Tartu_kinnistusamet, lk 36
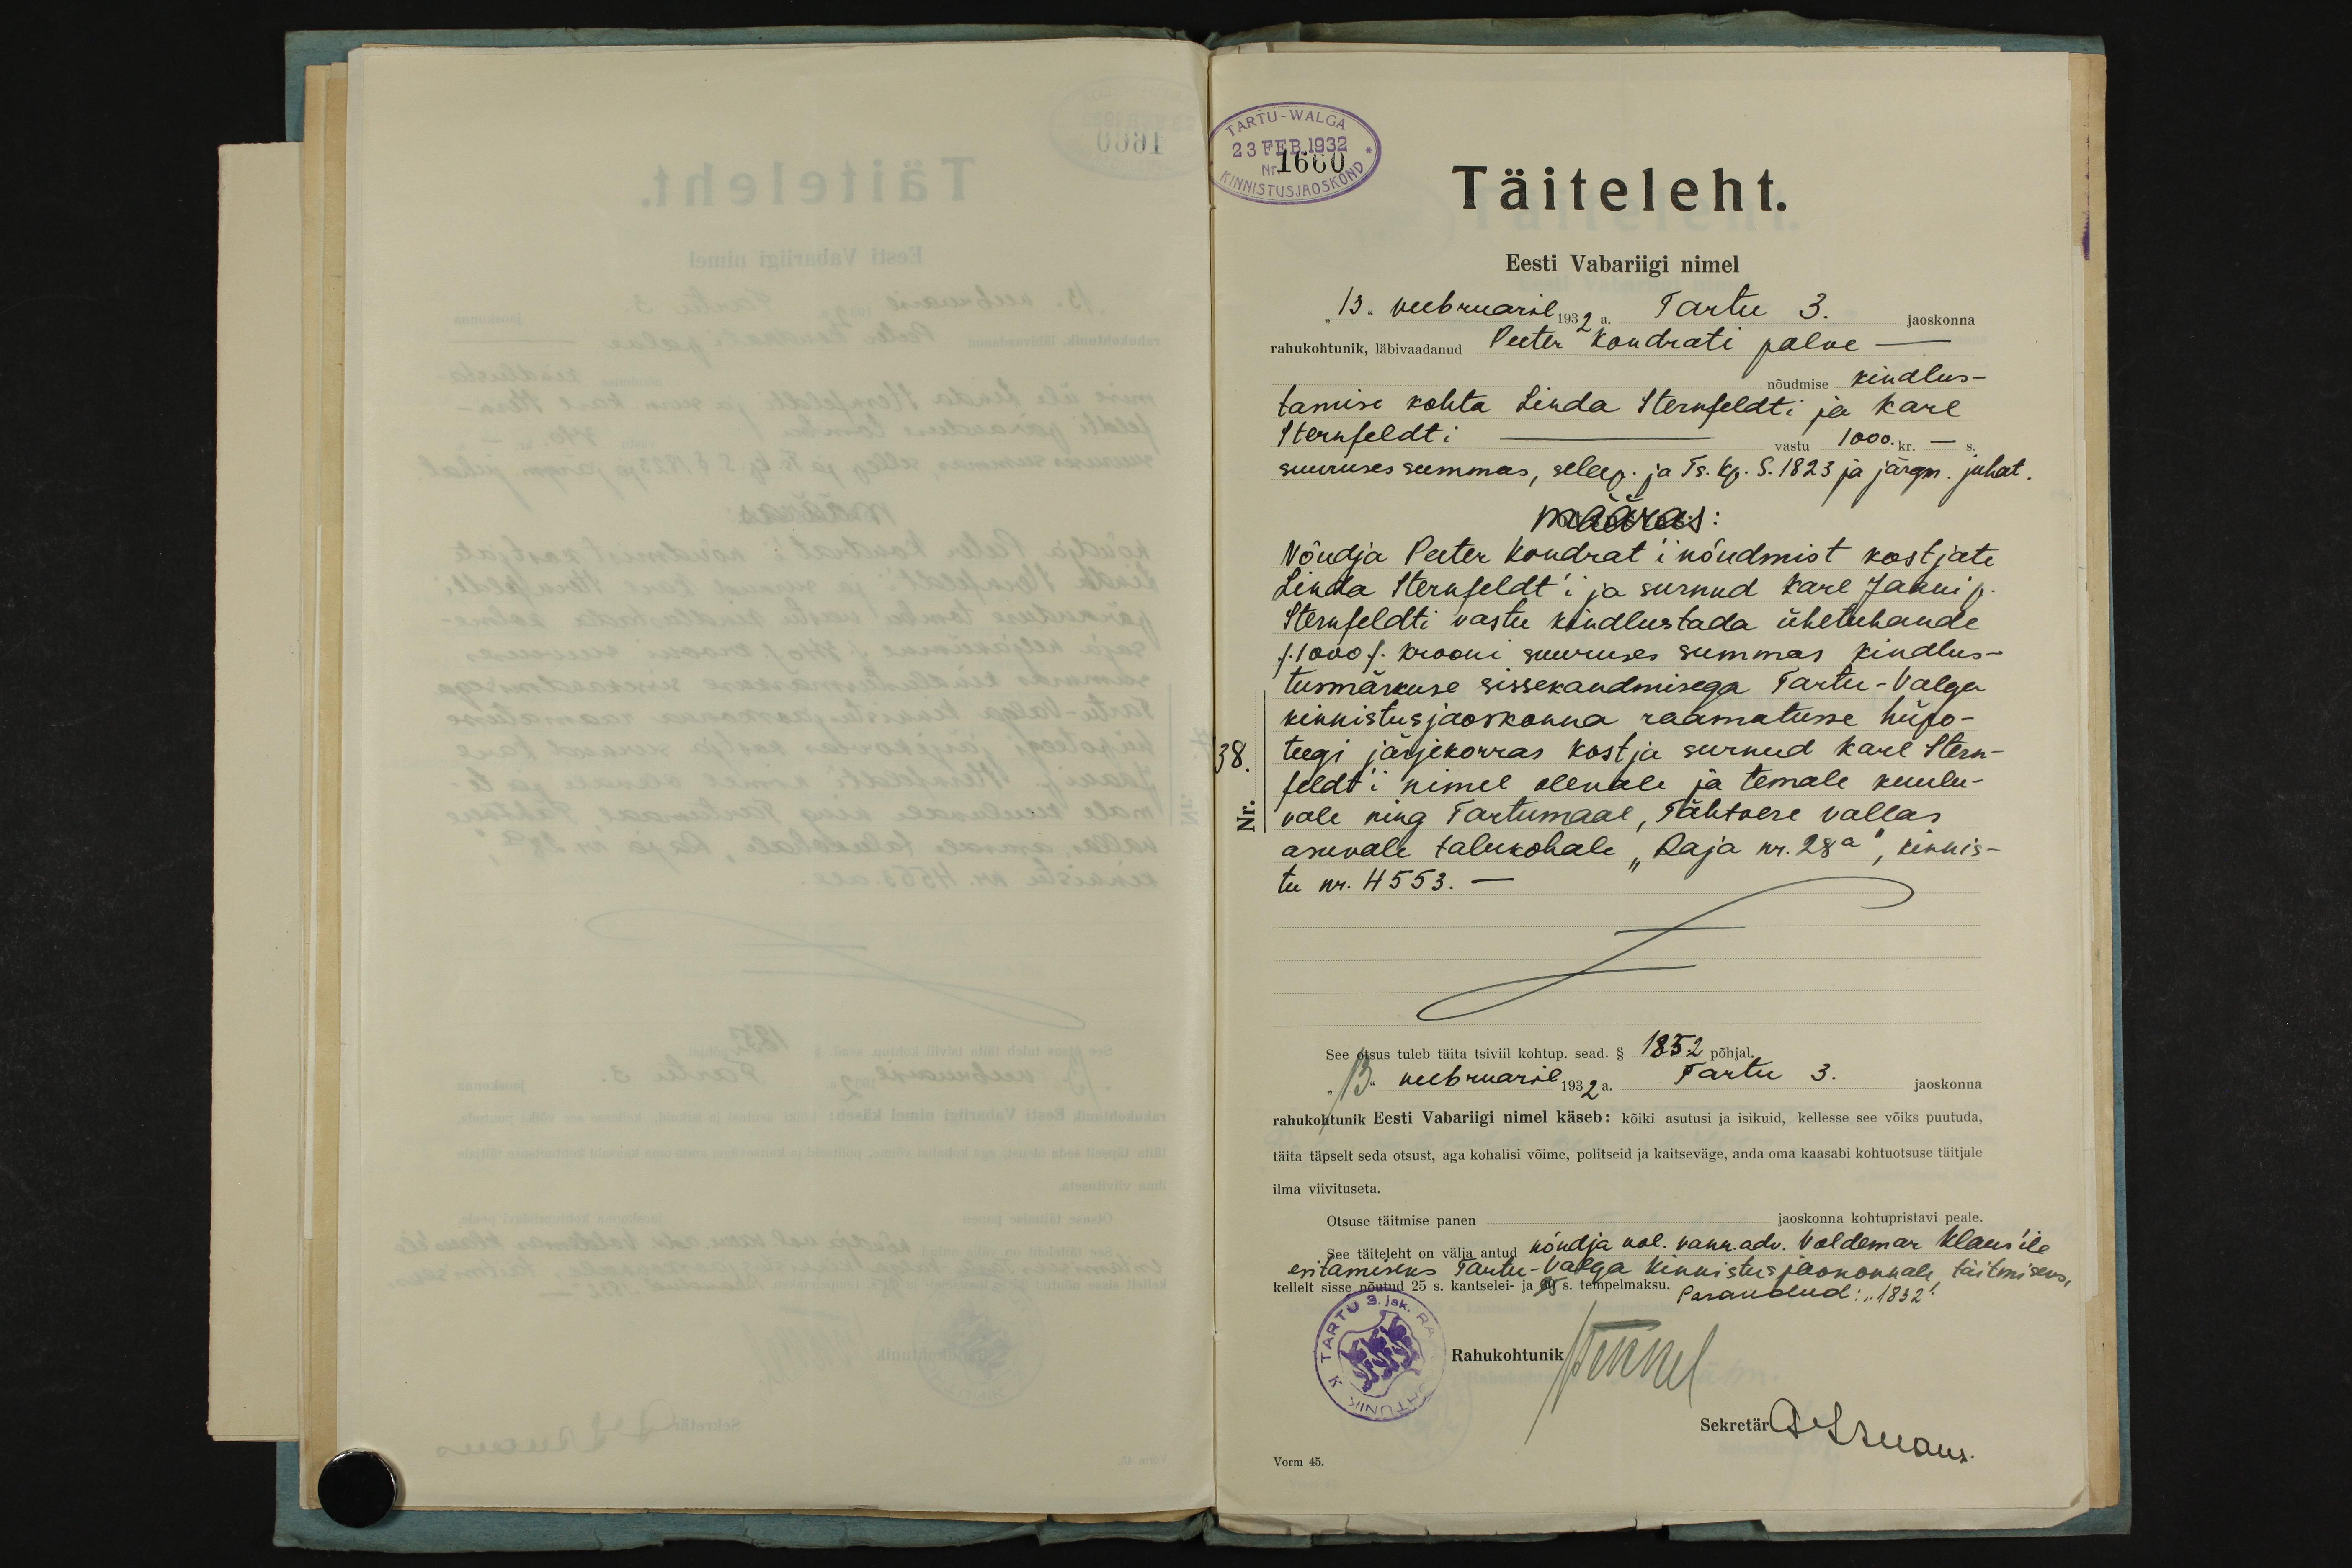
TARTU-WALGA
23 FEB.1932
Nr. 1660
Täiteleht.
Eesti Vabariigi nimel
13. veebruaril 1932 a. Tartu 3. jaoskonna
rahukohtunik, läbivaadanud Peeter Kondrati palve -
nõudmise kindlus-
tamise kohta Linda Sternfeldti ja Karl
Sternfeldti - vastu 1000. kr. - s.
suuruses summas, sellep. ja Ts. kp. S. 1823 ja järgm. juhat.
määras:
Nõudja Peeter kondrat'i nõudmist kostjate
Linda Sternfeldt'i ja surnud Karl Jaani p.
Sternfeldti vastu kindlustada ühetuhande
/1000/ krooni suuruses summas kindlus-
tusmärkuse sissekandmisega Tartu-Valga
kinnistusjaokonna raamatusse hüpo-
38
teegi järjekorras kostja surnud Karl Stern-
feldt´i nimel olevale ja temale kuulu-
vale ning Tartumaal, Tähtvere vallas
asuvale talukohale "Raja nr. 28a", kinnis-
tu nr. 4553.-
See otsus tuleb täita tsiviil kohtup. sead. § 1852 põhjal.
"13" veebruaril 1932a. Tartu 3. jaoskonna
rahukohtunik Eesti Vabariigi nimel käseb: kõiki asutusi ja isikuid, kellesse see võiks puutuda,
täita täpselt seda otsust, aga kohalisi võime, politseid ja kaitseväge, anda oma kaasabi kohtuotsuse täitjale
ilma viivituseta.
Otsuse täitmise panen
jaoskonna kohtupristavi peale
See täiteleht on välja antud kandja vol. vann. adv. Voldemar klaus'ile
esitamiseks Tartu-Valga kinnistusjaokonnale täitmiseks
kellelt sisse nõutud 25 s. kantselei- ja 25 s. tempelmaksu. Parandud: "1832"
Rahukohtunik J. Meel
Sekretär O. Luans
Vorm 45.